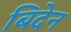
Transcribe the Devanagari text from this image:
बिदेन